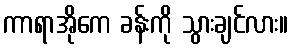
ကာရာအိုကေ ခန်းကို သွားချင်လား။